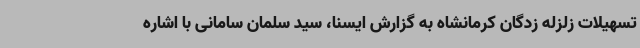
تسهیلات زلزله زدگان کرمانشاه به گزارش ایسنا، سید سلمان سامانی با اشاره